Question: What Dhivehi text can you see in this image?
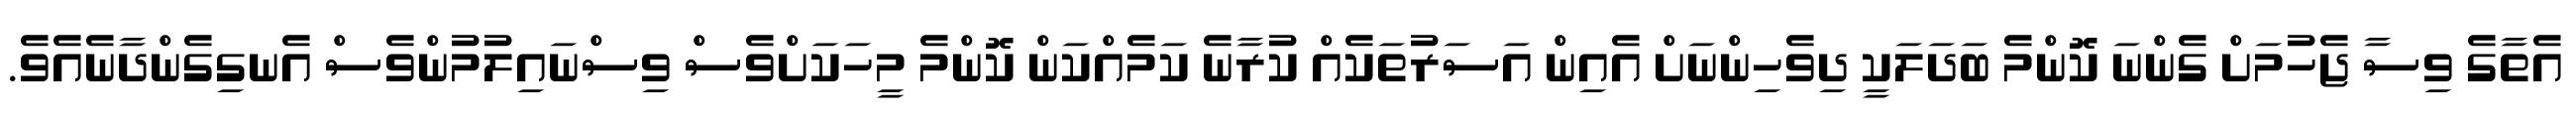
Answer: އެތާގެ ވިސާ ޖެހުމަށް ގެންނަ ކޮންމެ ބަދަލަކީ ދިވެހިންނަށް އެއިން އަސަރުތަކެއް ކުރާނެ ކަމެއްކަން ކޮންމެ މީހަކަށްވެސް ވިސްނައިލުމުންވެސް އެނގިގެންދާނެއެވެ.